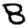
Digit: 8